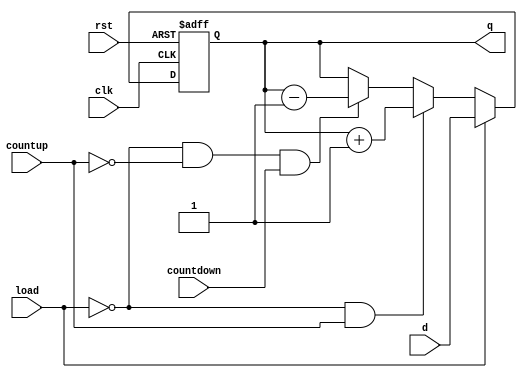
module priority_en_ex(d,q,clk,rst,load,countup,countdown);
  parameter N=3;
  input [N:0] d;
  input clk,rst,load,countup,countdown;
  output reg [N:0] q;
  
  always@(posedge clk or negedge rst)
   begin
    if(!rst)
      q<=0;
    else
      begin
     if(load)
        q <= d;
  else if(~load&&countup)
        q <= q+1;
  else if(~load&&~countup&&countdown)
        q <= q-1;
  else
        q <= q;
  
    /*3'bxx1: q<=d;
        3'bx10: q<=q+1;
        3'b100: q<=q-1;
        default: q<=q;
      endcase*/
      end
   end
endmodule